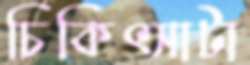
চিকিৎসাটা